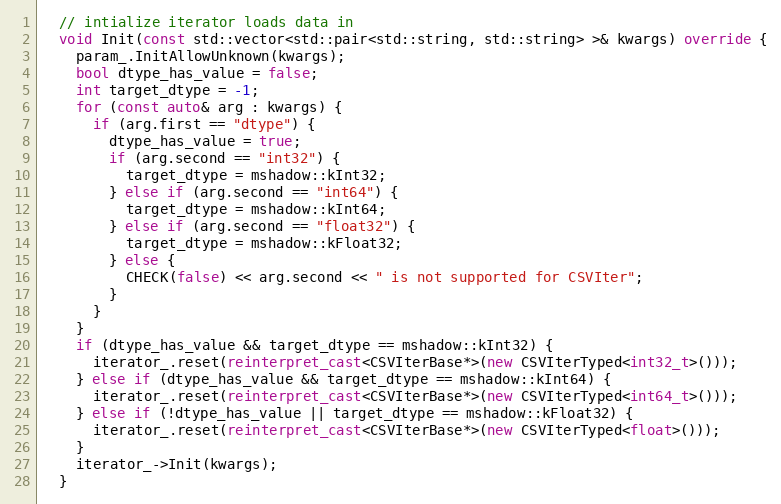
Language: C++
  // intialize iterator loads data in
  void Init(const std::vector<std::pair<std::string, std::string> >& kwargs) override {
    param_.InitAllowUnknown(kwargs);
    bool dtype_has_value = false;
    int target_dtype = -1;
    for (const auto& arg : kwargs) {
      if (arg.first == "dtype") {
        dtype_has_value = true;
        if (arg.second == "int32") {
          target_dtype = mshadow::kInt32;
        } else if (arg.second == "int64") {
          target_dtype = mshadow::kInt64;
        } else if (arg.second == "float32") {
          target_dtype = mshadow::kFloat32;
        } else {
          CHECK(false) << arg.second << " is not supported for CSVIter";
        }
      }
    }
    if (dtype_has_value && target_dtype == mshadow::kInt32) {
      iterator_.reset(reinterpret_cast<CSVIterBase*>(new CSVIterTyped<int32_t>()));
    } else if (dtype_has_value && target_dtype == mshadow::kInt64) {
      iterator_.reset(reinterpret_cast<CSVIterBase*>(new CSVIterTyped<int64_t>()));
    } else if (!dtype_has_value || target_dtype == mshadow::kFloat32) {
      iterator_.reset(reinterpret_cast<CSVIterBase*>(new CSVIterTyped<float>()));
    }
    iterator_->Init(kwargs);
  }